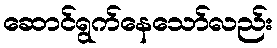
ဆောင်ရွက်နေသော်လည်း